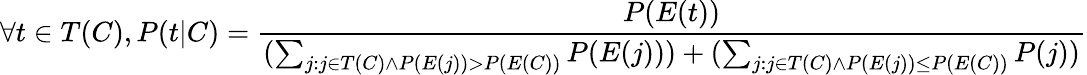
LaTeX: \forall t\in T(C),P(t|C)={\frac{P(E(t))}{(\sum_{j:j\in T(C)\land P(E(j))>P(E(C))}P(E(j)))+(\sum_{j:j\in T(C)\land P(E(j))\leq P(E(C))}P(j))}}